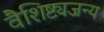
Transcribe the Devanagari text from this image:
वैशिष्ट्यजन्य